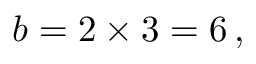
b = 2 \times 3 = 6 \, ,